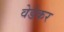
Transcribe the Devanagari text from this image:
वेडेकर